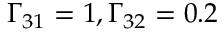
\Gamma _ { 3 1 } = 1 , \Gamma _ { 3 2 } = 0 . 2